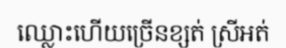
ឈ្លោះហើយច្រើនខ្សត់ ស្រីអត់